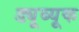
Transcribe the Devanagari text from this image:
ड्यूब्यूक